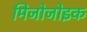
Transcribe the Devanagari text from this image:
मिजोजोइक